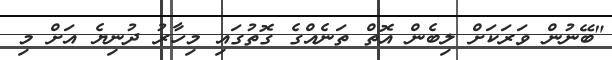
"ބޭނުން ވަރަކަށް ލިބެން އޮތް ތަނެއްގެ ގޮތުގައި މިހާރު ދުނިޔެ އަށް މި